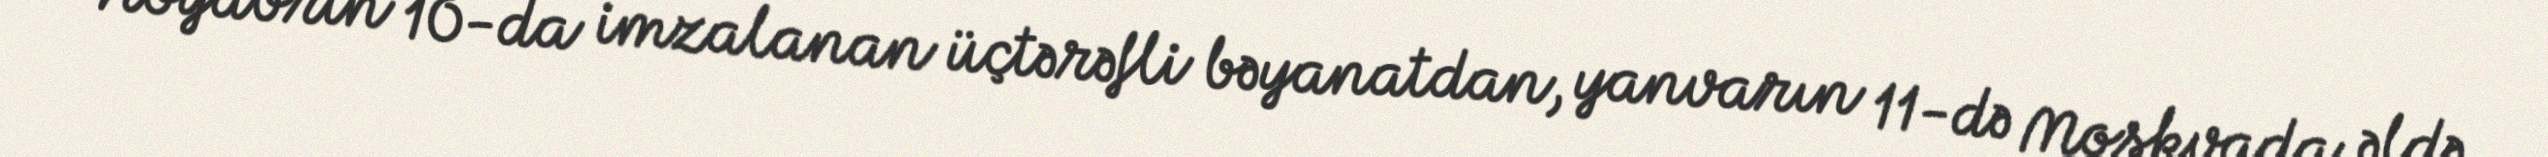
Noyabrın 10-da imzalanan üçtərəfli bəyanatdan, yanvarın 11-də Moskvada əldə